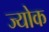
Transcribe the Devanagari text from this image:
ज्योक